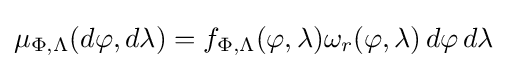
\mu _{\Phi ,\Lambda }(d\varphi ,d\lambda )=f_{\Phi ,\Lambda }(\varphi ,\lambda )\omega _{r}(\varphi ,\lambda )\,d\varphi \,d\lambda